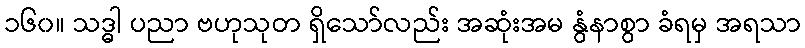
၁၆၀။ သဒ္ဓါ ပညာ ဗဟုသုတ ရှိသော်လည်း အဆုံးအမ နွံနာစွာ ခံရမှ အရသာ